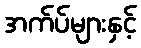
အက်ပ်များနှင့်